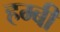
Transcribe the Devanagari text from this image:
हम्बी